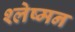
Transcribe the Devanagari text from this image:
श्‍लेष्‍मन